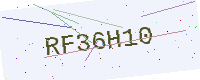
Text: RF36H10